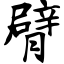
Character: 臂